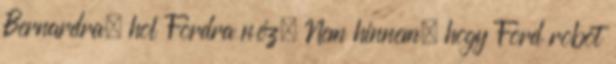
Bernardra, hol Fordra néz. Nem hinnem, hogy Ford robot